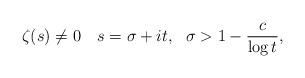
LaTeX: \begin{align*}\zeta(s) \ne 0 ~~~ s=\sigma+it, ~~ \sigma >1-\frac{c}{\log t},\end{align*}